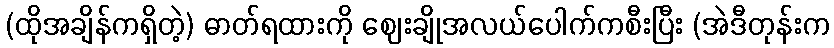
(ထိုအချိန်ကရှိတဲ့) ဓာတ်ရထားကို ဈေးချိုအလယ်ပေါက်ကစီးပြီး (အဲဒီတုန်းက